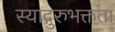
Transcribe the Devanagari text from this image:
स्याद्गुरुभक्तता